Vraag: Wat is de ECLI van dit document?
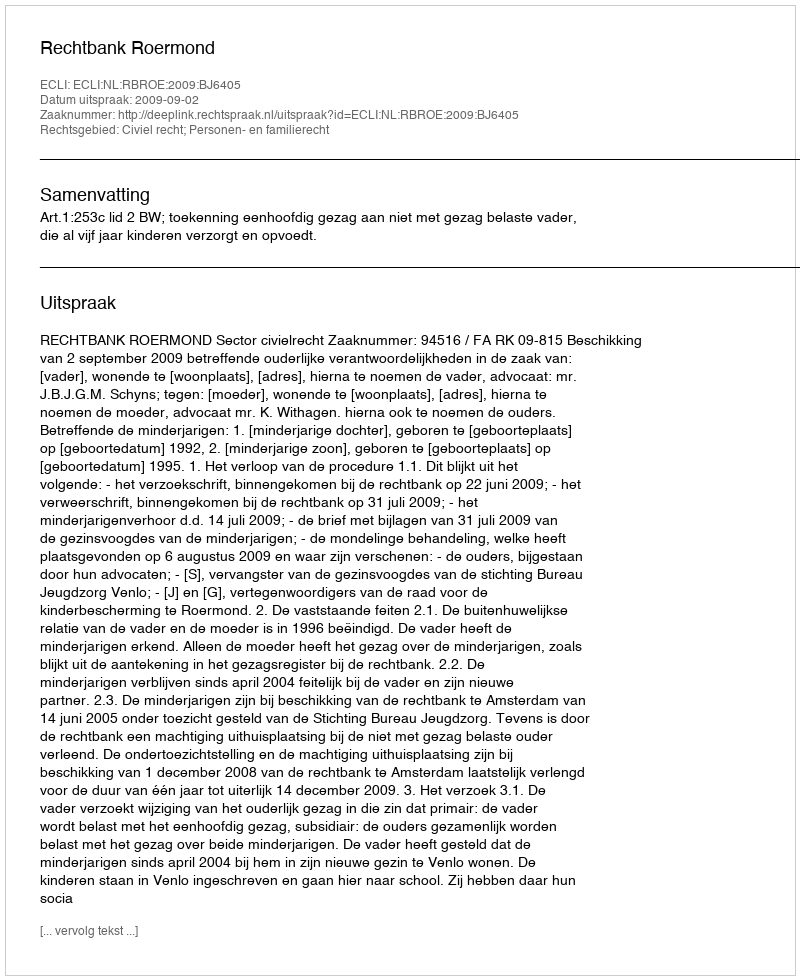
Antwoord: ECLI:NL:RBROE:2009:BJ6405